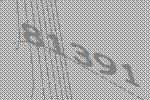
81391